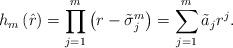
LaTeX: \begin{align*}h_{m}\left( \hat{r}\right) =\prod\limits_{j=1}^{m}\left( r-\tilde{\sigma}_{j}^{m}\right) =\sum_{j=1}^{m}\tilde{a}_{j}r^{j}.\end{align*}